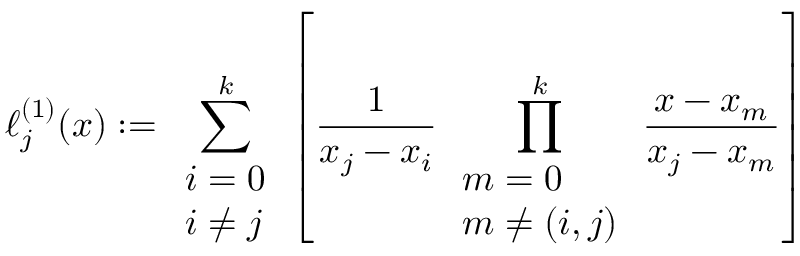
\ell _ { j } ^ { ( 1 ) } ( x ) : = \sum _ { \begin{array} { l } { i = 0 } \\ { i \not = j } \end{array} } ^ { k } \left[ { \frac { 1 } { x _ { j } - x _ { i } } } \prod _ { \begin{array} { l } { m = 0 } \\ { m \not = ( i , j ) } \end{array} } ^ { k } { \frac { x - x _ { m } } { x _ { j } - x _ { m } } } \right]